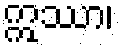
ဣဿာ၊